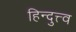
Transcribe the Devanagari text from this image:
हिन्दुत्त्व